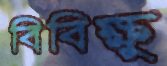
বিবিক্ষু